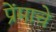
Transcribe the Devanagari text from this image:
प्रेंमाचे